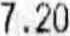
7.20